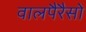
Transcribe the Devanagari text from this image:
वालपैरैसो